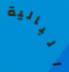
البالية